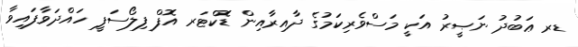
ޑރ ޢަބުދު ނަޞީރު އަކީ މަސްވެރިކަމުގެ ދާއިރާއިން ޑޮކްޓަރ އޮފް ފިލޯސަފީ ހައްދަވާފައިވާ